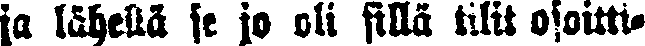
ja lähellä se jo oli sillä tilit osoitti-